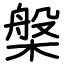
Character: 槃